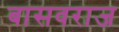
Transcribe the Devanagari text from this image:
बासवराज